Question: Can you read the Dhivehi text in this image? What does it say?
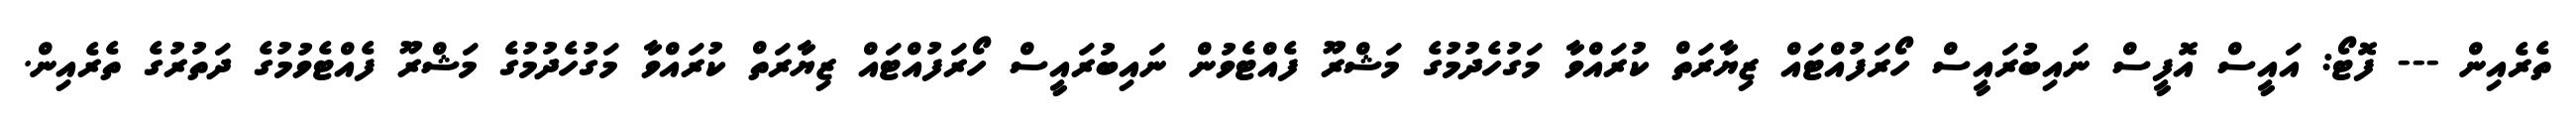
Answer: ތެރެއިން --- ފޮޓޯ: އައީސް އޮފީސް ނައިބުރައީސް ހޯރަފުއްޓައް ޒިޔާރަތް ކުރައްވާ މަގުހެދުމުގެ މަޝްރޫ ފެއްޓެވުން ނައިބުރައީސް ހޯރަފުއްޓައް ޒިޔާރަތް ކުރައްވާ މަގުހެދުމުގެ މަޝްރޫ ފެއްޓެވުމުގެ ދަތުރުގެ ތެރެއިން.